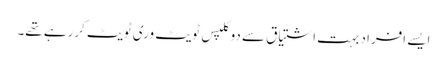
ایسے افراد بہت اشتیاق سے دوکلپس ٹویٹ وری ٹویٹ کررہے تھے۔